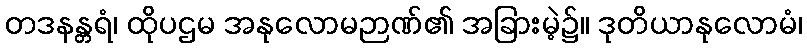
တဒနန္တရံ၊ ထိုပဌမ အနုလောမဉာဏ်၏ အခြားမဲ့၌။ ဒုတိယာနုလောမံ၊